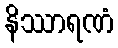
နိဿာရဏံ